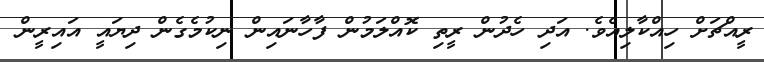
ރީއްޗަށް ހިއްކާލިއެވެ. އަދި ހެދުން ރީތި ކޮއްލަމުން ފާހާނައިން ނިކުމެގެން ދިޔައީ އައިރީން